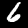
Label: 6